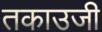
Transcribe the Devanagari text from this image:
तकाउजी